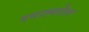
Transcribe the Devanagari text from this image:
वसाह्त्तोतर